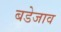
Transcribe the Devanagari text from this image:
बडेजाव